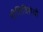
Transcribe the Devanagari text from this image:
नीतिविरोधी